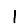
Digit: 1